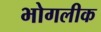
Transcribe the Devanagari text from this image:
भोगलीक